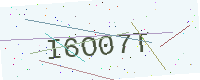
Text: I6O07T